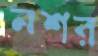
নশর